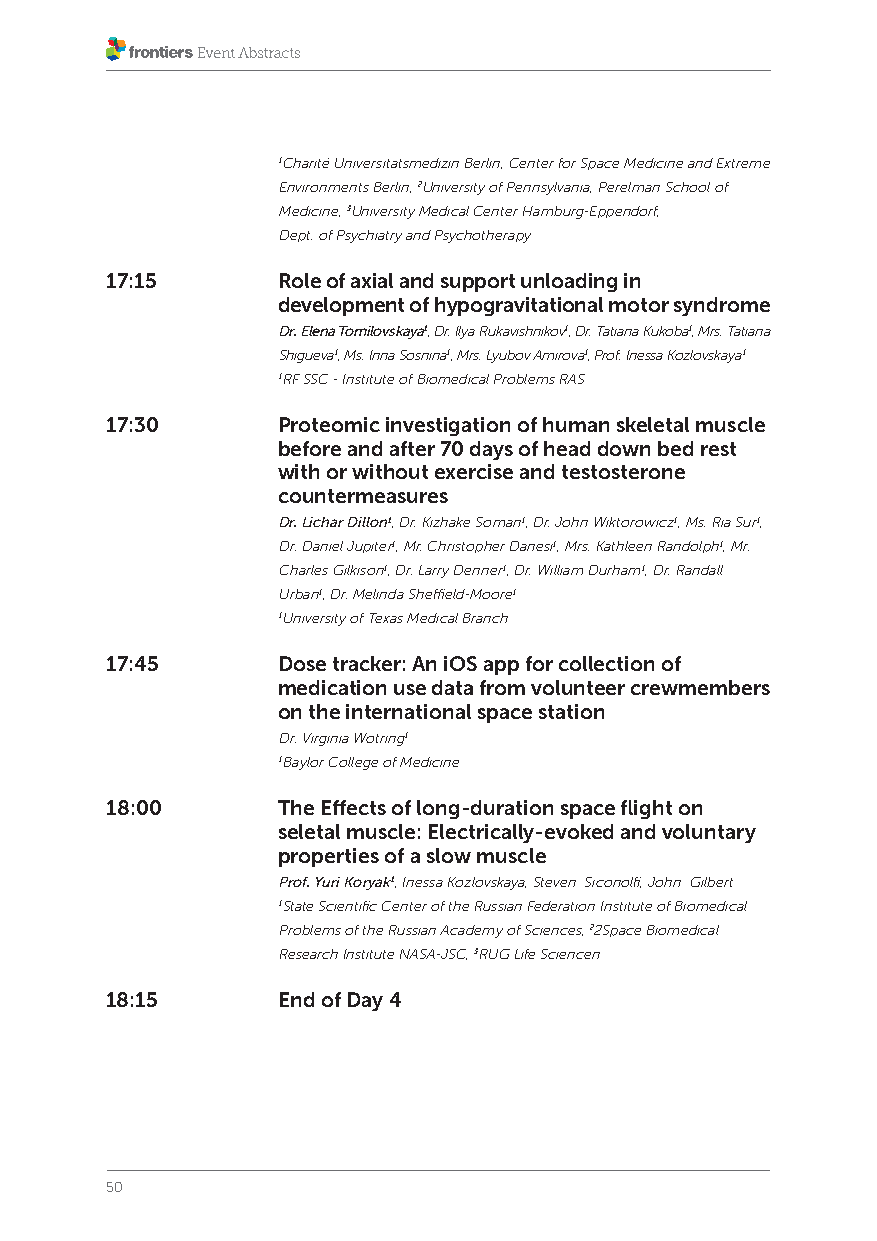
1Charité Universitätsmedizin Berlin, Center for Space Medicine and Extreme
 Environments Berlin, 2University of Pennsylvania, Perelman School of
 Medicine, 3University Medical Center Hamburg-Eppendorf,
 Dept. of Psychiatry and Psychotherapy
 17:15      Role of axial and support unloading in
 development of hypogravitational motor syndrome
 Dr. Elena Tomilovskaya1, Dr. Ilya Rukavishnikov1, Dr. Tatiana Kukoba1, Mrs. Tatiana
 Shigueva1, Ms. Inna Sosnina1, Mrs. Lyubov Amirova1, Prof. Inessa Kozlovskaya1
 1RF SSC - Institute of Biomedical Problems RAS
 17:30      Proteomic investigation of human skeletal muscle
 before and after 70 days of head down bed rest
 with or without exercise and testosterone
 countermeasures
 Dr. Lichar Dillon1, Dr. Kizhake Soman1, Dr. John Wiktorowicz1, Ms. Ria Sur1,
 Dr. Daniel Jupiter1, Mr. Christopher Danesi1, Mrs. Kathleen Randolph1, Mr.
 Charles Gilkison1, Dr. Larry Denner1, Dr. William Durham1, Dr. Randall
 Urban1, Dr. Melinda Sheffield-Moore1
 1University of Texas Medical Branch
 17:45      Dose tracker: An iOS app for collection of
 medication use data from volunteer crewmembers
 on the international space station
 Dr. Virginia Wotring1
 1Baylor College of Medicine
 18:00      The Effects of long-duration space flight on
 seletal muscle: Electrically-evoked and voluntary
 properties of a slow muscle
 Prof. Yuri Koryak1, Inessa Kozlovskaya, Steven Siconolfi, John Gilbert
 1State Scientific Center of the Russian Federation Institute of Biomedical
 Problems of the Russian Academy of Sciences, 22Space Biomedical
 Research Institute NASA-JSC, 3RUG Life Sciencen
 18:15      End of Day 4
 50